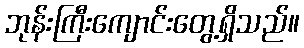
ဘုန်းကြီးကျောင်းတွေ့ရှိသည်။